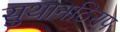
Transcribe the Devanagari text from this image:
सुथानठिराप